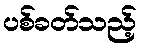
ပစ်ခတ်သည့်